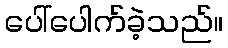
ပေါ်ပေါက်ခဲ့သည်။